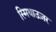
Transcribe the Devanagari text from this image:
स्मिथाउज़र